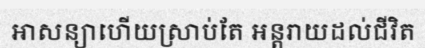
អាសន្យាហើយស្រាប់តែ អន្តរាយដល់ជីវិត